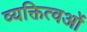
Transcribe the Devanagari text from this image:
व्यक्तित्वओं